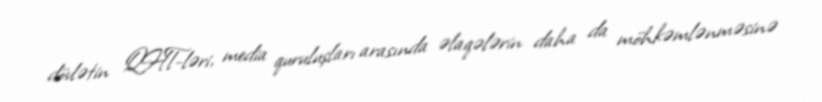
dövlətin QHT-ləri, media quruluşları arasında əlaqələrin daha da möhkəmlənməsinə